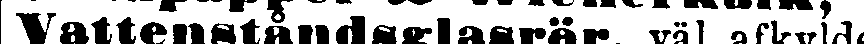
Vattenståndsglasrör väl afkylde